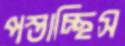
পস্তাচ্ছিস